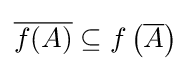
{\overline {f(A)}}\subseteq f\left({\overline {A}}\right)